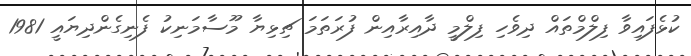
ކުޅެފައިވާ ފިލްމްތައް ދިވެހި ފިލްމީ ދާއިރާއިން ފުރަތަމަ ޗިޅިޔާ މޫސާމަނިކު ފެނިގެންދިޔައީ 1981